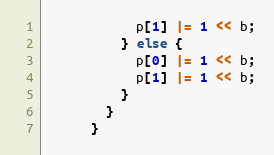
Language: C++
            p[1] |= 1 << b;
          } else {
            p[0] |= 1 << b;
            p[1] |= 1 << b;
          }
        }
      }